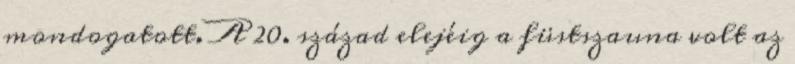
mondogatott. A 20. század elejéig a füstszauna volt az